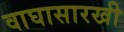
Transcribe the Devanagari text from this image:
वाघासारखी